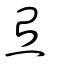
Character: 炱